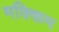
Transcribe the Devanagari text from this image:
मक्किम